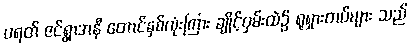
ပရတ် ဇင်ရွာအနီ တောင်နှစ်လုံးကြား ချိုင့်ဝှမ်းထဲ၌ ရုရှားတပ်များ သည်